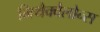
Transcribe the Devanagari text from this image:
मिथैक्वैलोन्स